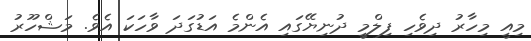
މިއީ މިހާރު ދިވެހި ފިލްމީ ދުނިޔޭގައި އެންމެ އަޑުގަދަ ވާހަކަ އެވެ. މަޝްހޫރު